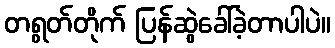
တရွတ်တိုက် ပြန်ဆွဲခေါ်ခဲ့တာပါပဲ။